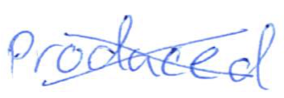
Text: produced
Cross-out: mix
Writing tool: ballpoint